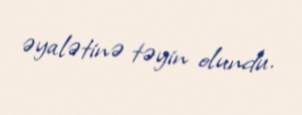
əyalətinə təyin olundu.